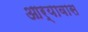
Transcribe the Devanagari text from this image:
आर्यावास